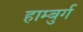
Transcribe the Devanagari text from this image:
हाम्बुर्ग